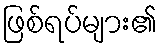
ဖြစ်ရပ်များ၏